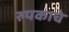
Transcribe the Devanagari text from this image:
रुपकाचे